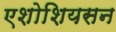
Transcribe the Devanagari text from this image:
एशोशियसन